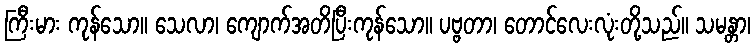
ကြီးမား ကုန်သော။ သေလာ၊ ကျောက်အတိပြီးကုန်သော။ ပဗ္ဗတာ၊ တောင်လေးလုံးတို့သည်။ သမန္တာ၊